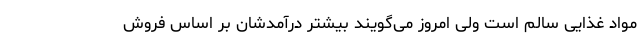
مواد غذایی سالم است ولی امروز می‌گویند بیشتر درآمدشان بر اساس فروش